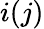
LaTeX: i(j)